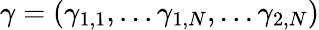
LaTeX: \gamma=(\gamma_{1,1},...\gamma_{1,N},...\gamma_{2,N})